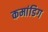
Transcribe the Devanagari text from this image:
कमांडिग